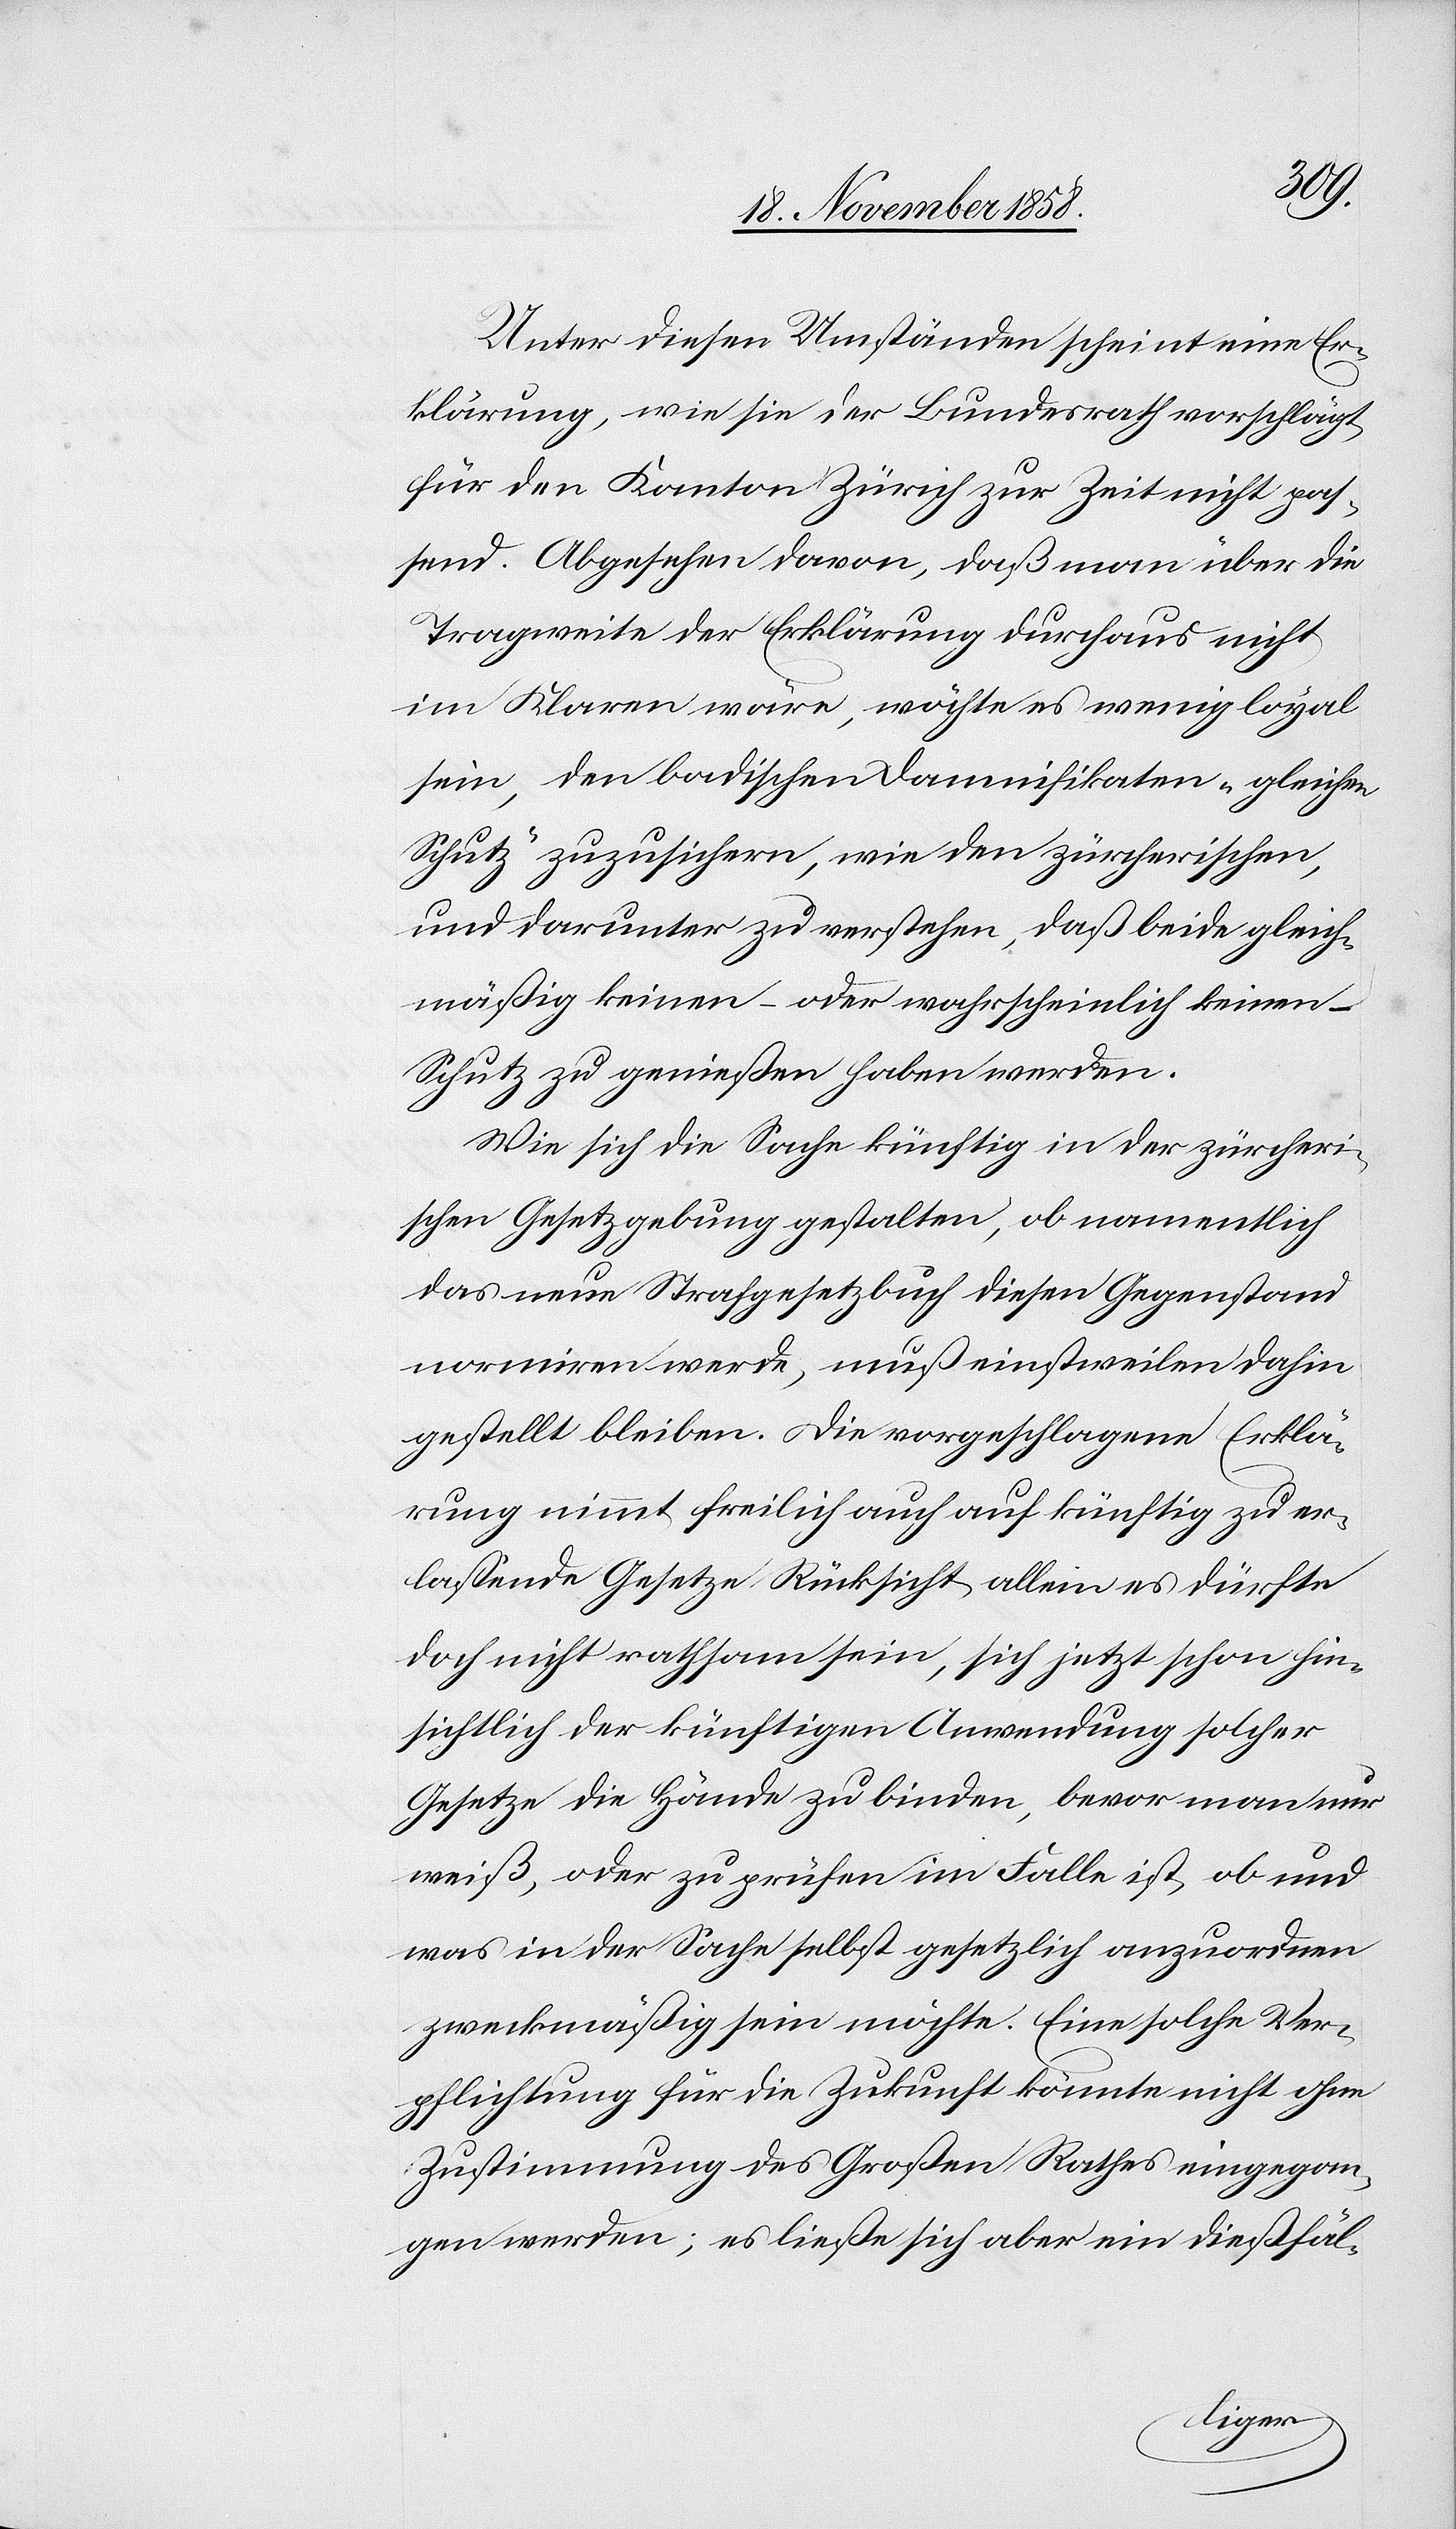
Unter diesen Umständen scheint eine Er¬
klärung, wie sie der Bundesrath vorschlägt,
für den Kanton Zürich zur Zeit nicht pas¬
send. Abgesehen davon, daß man über die
Tragweite der Erklärung durchaus nicht
im Klaren wäre, möchte es wenig loyal
sein, den badischen Damnifikaten „gleichen
Schutz“ zuzusichern, wie den zürcherischen,
und darunter zu verstehen, daß beide gleich¬
mäßig keinen – oder wahrscheinlich keinen –
Schutz zu genießen haben werden.
Wie sich die Sache künftig in der zürcheri¬
schen Gesetzgebung gestalten, ob namentlich
das neue Strafgesetzbuch diesen Gegenstand
normiren werde, muß einstweilen dahin
gestellt bleiben. Die vorgeschlagene Erklä¬
rung nimmt freilich auch auf künftig zu er¬
lassende Gesetze Rücksicht, allein es dürfte
doch nicht rathsam sein, sich jetzt schon hin¬
sichtlich der künftigen Anwendung solcher
Gesetze die Hände zu binden, bevor man nur
weiß, oder zu prüfen im Falle ist, ob und
was in der Sache selbst gesetzlich anzuordnen
zweckmäßig sein möchte. Eine solche Ver¬
pflichtung für die Zukunft könnte nicht ohne
Zustimmung des Großen Rathes eingegan¬
gen werden; es ließe sich aber ein dießfäl-